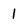
Character: 1